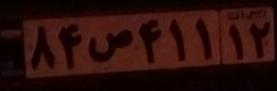
۸۴ص۴۱۱۱۲